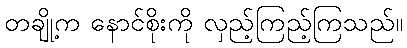
တချို့က နောင်စိုးကို လှည့်ကြည့်ကြသည်။